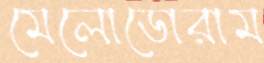
মেলোডোরাম